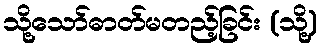
သို့သော်ဓာတ်မတည့်ခြင်း (သို့)